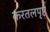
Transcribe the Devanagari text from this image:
करतलपृष्ठ